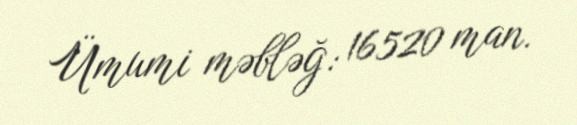
Ümumi məbləğ: 16520 man.